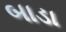
બાડા